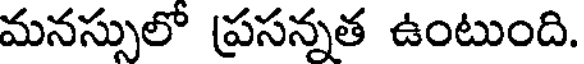
మనస్సులో ప్రసన్నత ఉంటుంది.